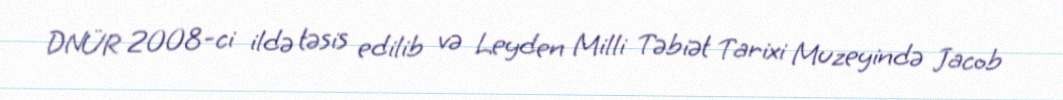
DNÜR 2008-ci ildə təsis edilib və Leyden Milli Təbiət Tarixi Muzeyində Jacob